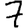
Digit: 7